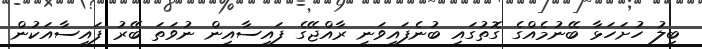
ބިލު ހުށަހަޅާ ބޭނުމެއްގެ ގޮތުގައި ބުނެފައިވަނީ ރާއްޖޭގެ ފައިސާއިން ނުވަތަ ބޭރު ފައިސާއަކުން